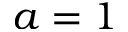
a = 1